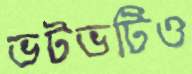
ভটভটিও